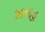
મનહ